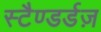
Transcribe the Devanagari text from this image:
स्टैण्डर्डज़